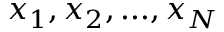
x _ { 1 } , x _ { 2 } , . . . , x _ { N }